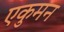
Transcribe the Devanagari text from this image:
एकुमन